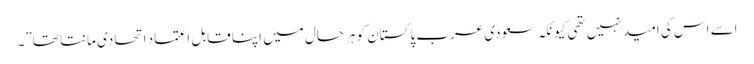
اسے اس کی امید نہیں تھی کیونکہ سعودی عرب پاکستان کو ہرحال میں اپنا قابل اعتماد اتحادی مانتا تھا”۔